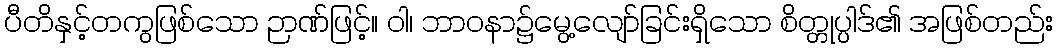
ပီတိနှင့်တကွဖြစ်သော ဉာဏ်ဖြင့်။ ဝါ၊ ဘာဝနာ၌မွေ့လျော်ခြင်းရှိသော စိတ္တုပ္ပါဒ်၏ အဖြစ်တည်း